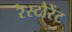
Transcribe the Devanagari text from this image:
रैस्टौरेंट